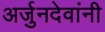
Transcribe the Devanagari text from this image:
अर्जुनदेवांनी